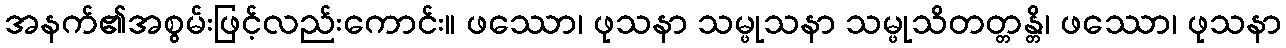
အနက်၏အစွမ်းဖြင့်လည်းကောင်း။ ဖဿော၊ ဖုသနာ သမ္ဖုသနာ သမ္ဖုသိတတ္တန္တိ၊ ဖဿော၊ ဖုသနာ